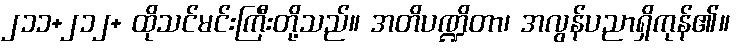
၂၁၁+၂၁၂+ ထိုသင်မင်းကြီးတို့သည်။ အတိပဏ္ဍိတာ၊ အလွန်ပညာရှိကုန်၏။